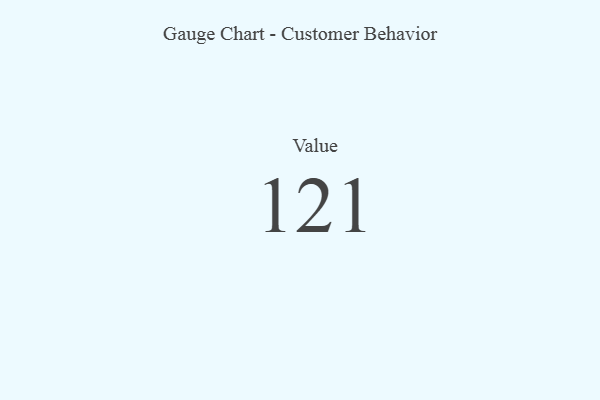
{"axis": {"x": "Metric", "y": "Value"}, "legend": [""], "data": [{"x": "Value", "y": 121, "type": ""}]}